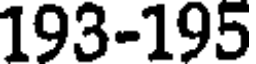
193-195